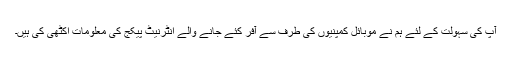
آپ کی سہولت کے لئے ہم نے موبائل کمپنیوں کی طرف سے آفر کئے جانے والے انٹرنیٹ پیکج کی معلومات اکٹھی کی ہیں۔